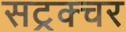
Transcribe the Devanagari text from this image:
सट्रक्चर